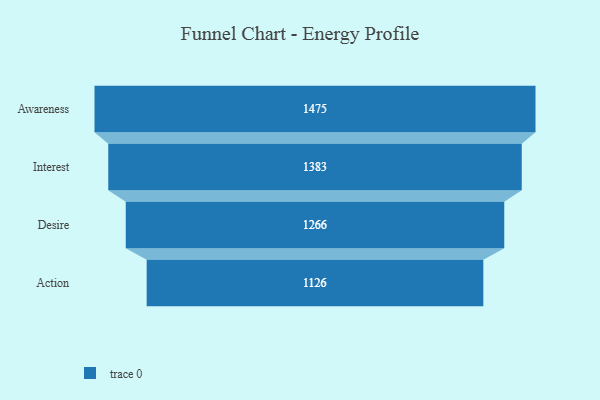
{"axis": {"x": "Stage", "y": "Value"}, "legend": [""], "data": [{"x": "Awareness", "y": 1475.0, "type": ""}, {"x": "Interest", "y": 1383.0, "type": ""}, {"x": "Desire", "y": 1266.0, "type": ""}, {"x": "Action", "y": 1126.0, "type": ""}]}